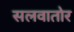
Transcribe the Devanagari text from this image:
सलवातोर